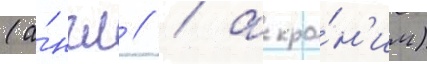
(а́нгл // / акро́н'им)